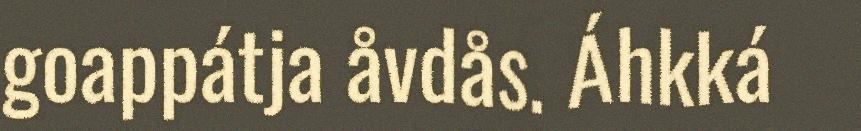
goappátja åvdås. Áhkká